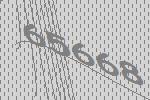
65668